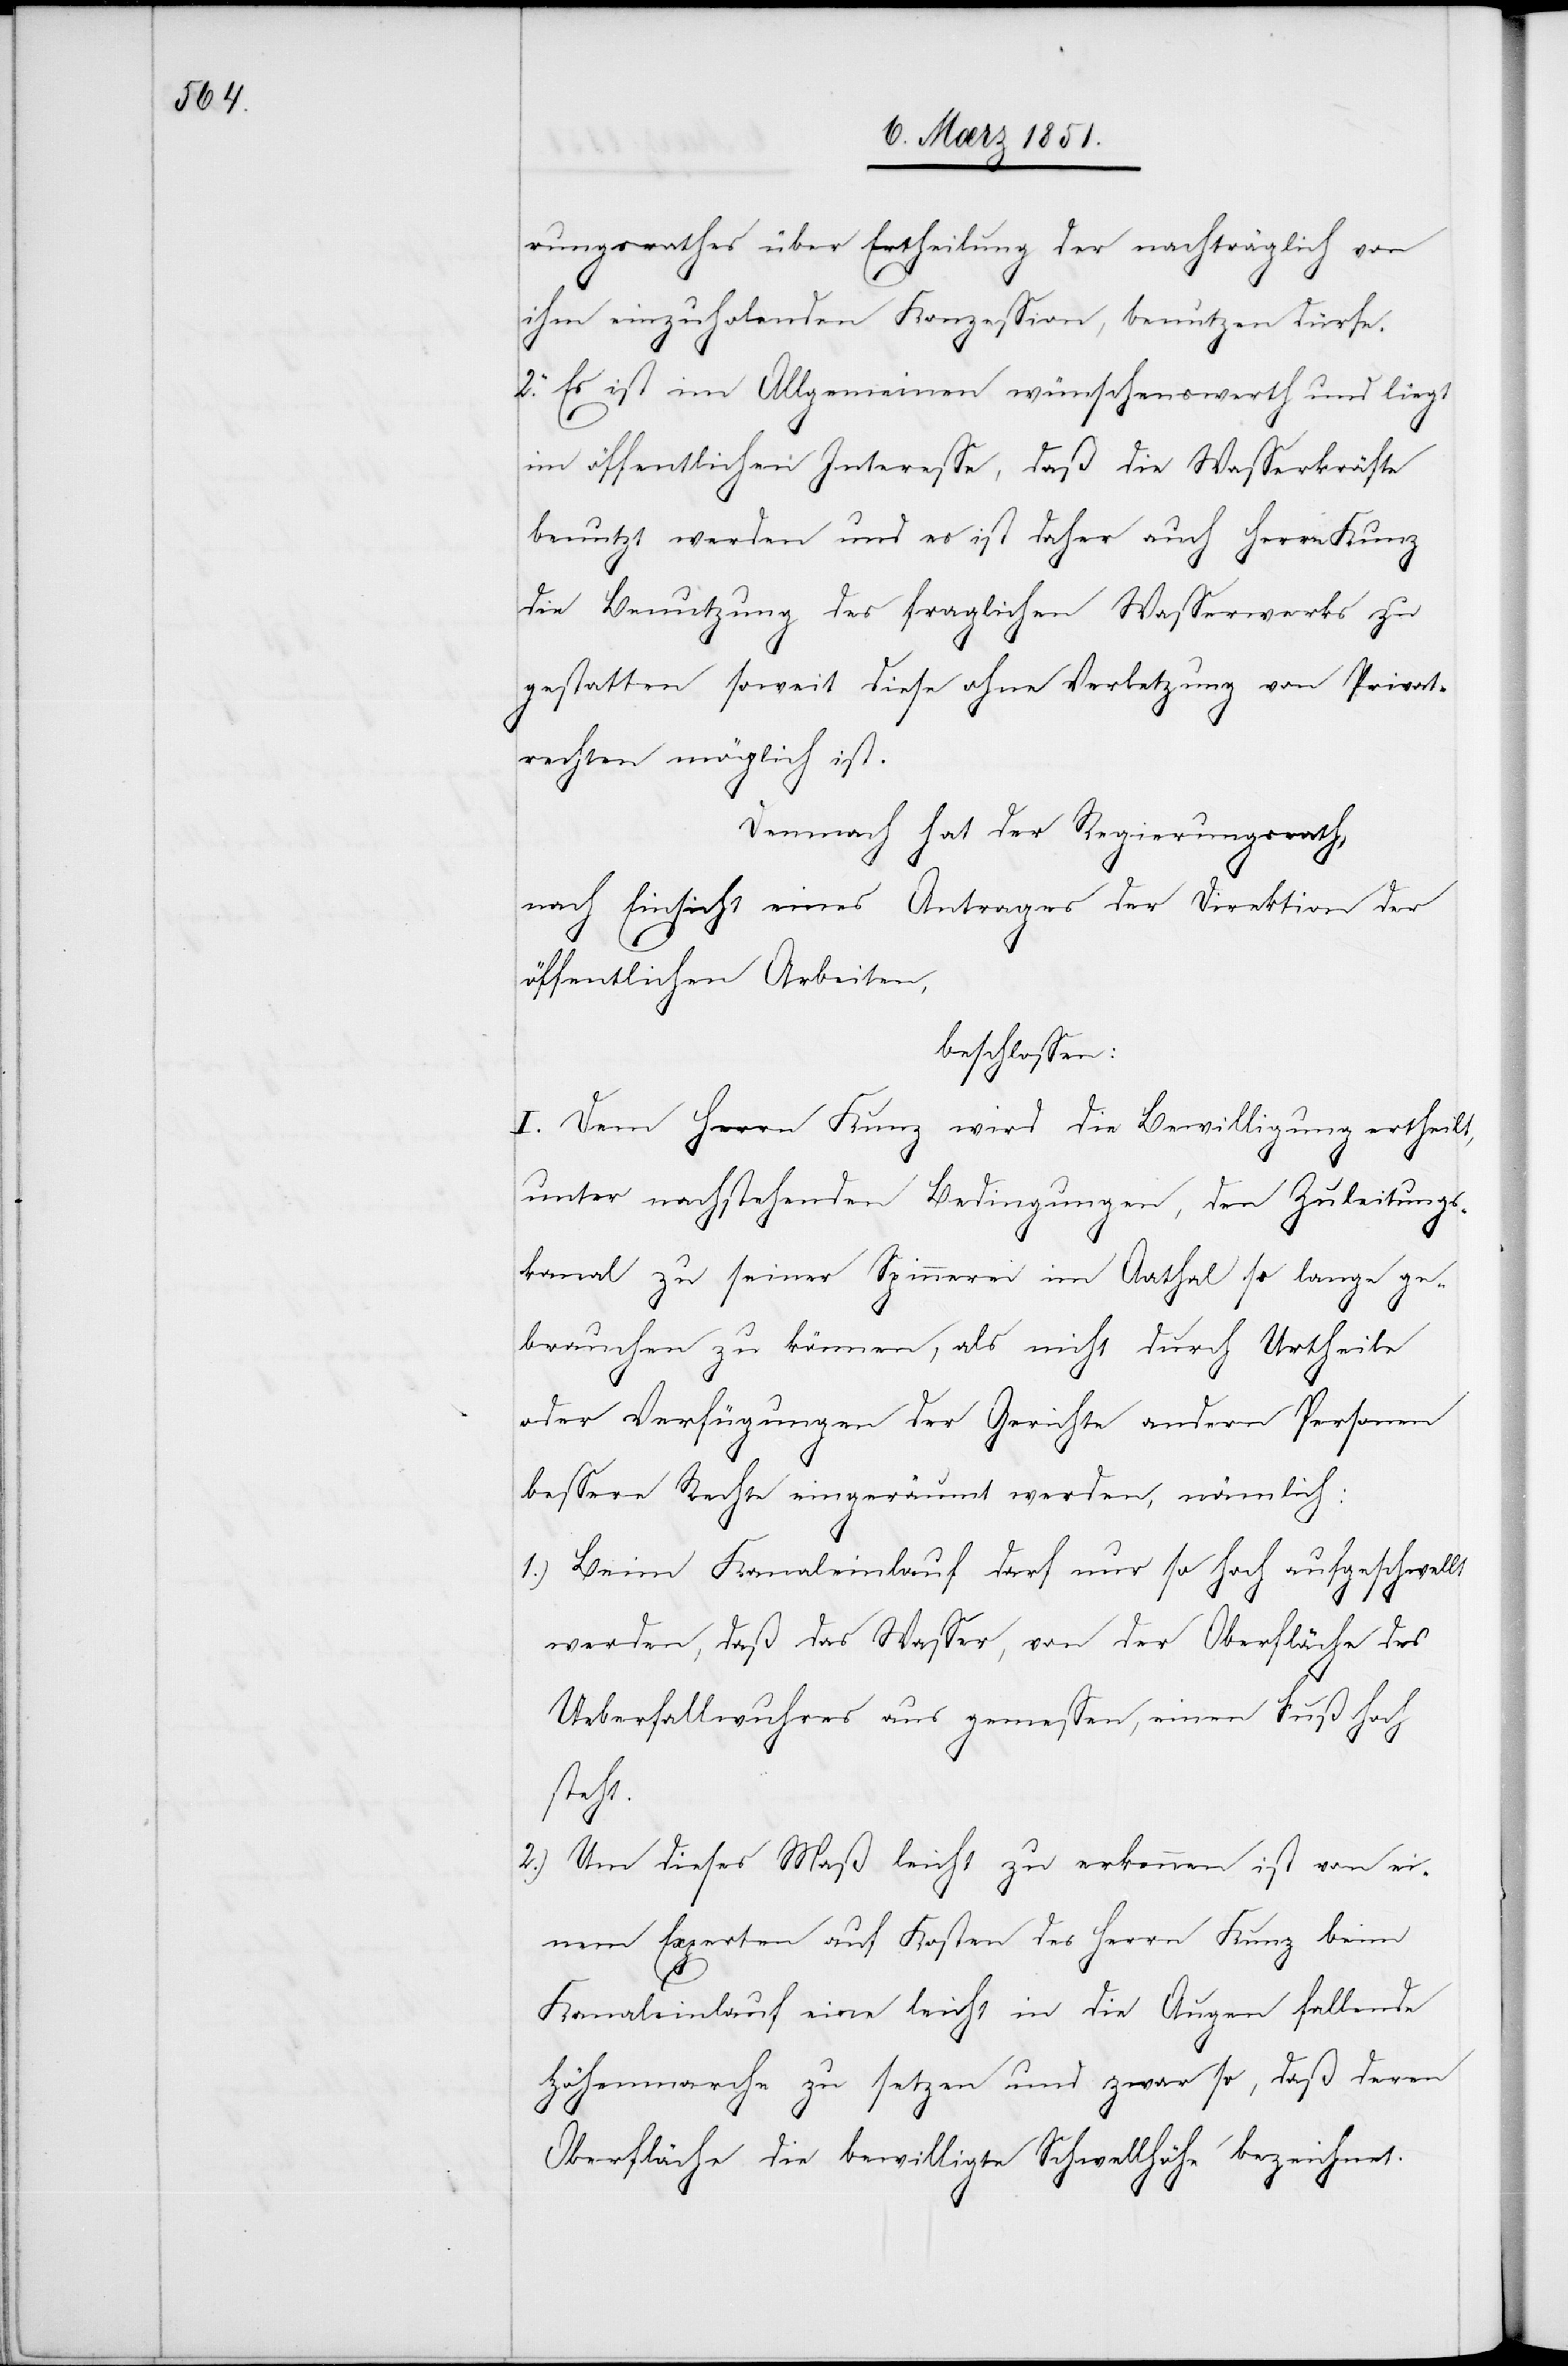
rungsrathes über Ertheilung der nachträglich von
ihm einzuholenden Konzession, benutzen dürfe.
2. Es ist im Allgemeinen wünschenswerth und liegt
im öffentlichen Interesse, daß die Wasserkräfte
benutzt werden und es ist daher auch Herrn Kunz
die Benutzung des fraglichen Wasserwerks zu
gestatten soweit diese ohne Verletzung von Privat¬
rechten möglich ist.
Demnach hat der Regierungsrath,
nach Einsicht eines Antrages der Direktion der
öffentlichen Arbeiten,
beschlossen:
I. Dem Herrn Kunz wird die Bewilligung ertheilt,
unter nachstehenden Bedingungen, den Zuleitungs¬
kanal zu seiner Spinnerei im Aathal so lange ge¬
brauchen zu können, als nicht durch Urtheile
oder Verfügungen der Gerichte andern Personen
bessere Rechte eingeräumt werden, nämlich:
Beim Kanaleinlauf darf nur so hoch aufgeschwellt
werden, daß das Wasser, von der Oberfläche des
Ueberfallwuhres aus gemessen, einen Fuß hoch
steht.
Um dieses Maß leicht zu erkennen ist von ei¬
nem Experten auf Kosten des Herrn Kunz beim
Kanaleinlauf eine leicht in die Augen fallende
Höhenmarche zu setzen und zwar so, daß deren
Oberfläche die bewilligte Schwellhöhe bezeichnet.